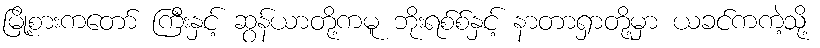
မြို့စားကတော် ကြီးနှင့် ဆွန်ယာတို့ကမူ ဘိုးရစ်စ်နှင့် နာတာရှာတို့မှာ ယခင်ကကဲ့သို့